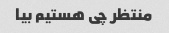
منتظر چی هستیم بیا